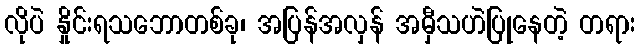
လိုပဲ နှိုင်းရသဘောတစ်ခု၊ အပြန်အလှန် အမှီသဟဲပြုနေတဲ့ တရား